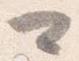
可